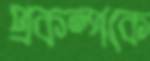
প্রকল্পকে